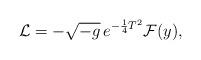
LaTeX: \begin{align*}{\cal L} = - \sqrt {-g} \thinspace e^{ - \frac{1}{4} T^2 }{\cal F}(y),\end{align*}